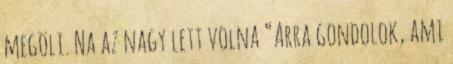
megöli. Na az nagy lett volna “Arra gondolok, ami